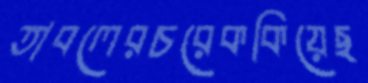
তাবলেরচরেককিয়েছ